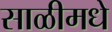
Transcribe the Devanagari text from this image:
साळीमधे